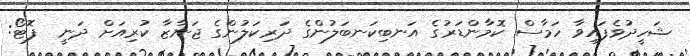
ޝަހީދުވެފައިވާ ހަމާސް ކޮމާންޑަރުގެ އަނބިކަނބަލުންގެ ދަރިކަލުންގެ ޖަނާޒާ ކުރިއަށް ދަނީ  ފޮޓޯ: